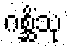
ဂစ္ဆိံသု